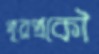
পূরপ্রকৌ